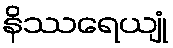
နိဿရေယျုံ